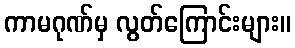
ကာမဂုဏ်မှ လွတ်ကြောင်းများ။